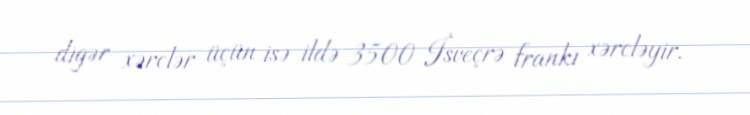
digər xərclər üçün isə ildə 3500 İsveçrə frankı xərcləyir.